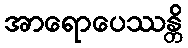
အာရောပေဿန္တိ